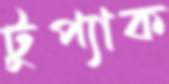
টুপ্যাক